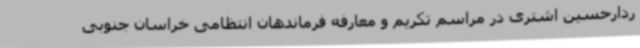
ردارحسین اشتری در مراسم تکریم و معارفه فرماندهان انتظامی خراسان جنوبی